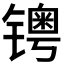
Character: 𰾺